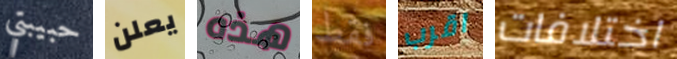
حبيبتي يعلن هذه فقط اقرب اختلافات